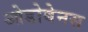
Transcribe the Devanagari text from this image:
ओडोबेनस